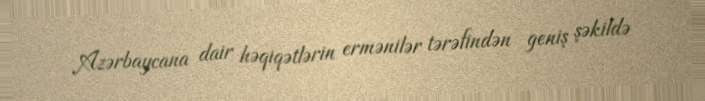
Azərbaycana dair həqiqətlərin ermənilər tərəfindən geniş şəkildə